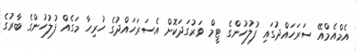
އެމްއެމްއޭ ސަރަހައްދުގައި ފުލުހުންގެ ޓީމް ވަރުގަދަކޮށް އެސަރަހައްދުގެ ހުރިހާ މަގެއް ފުލުހުންގެ ބާރުގެ